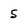
Character: 5